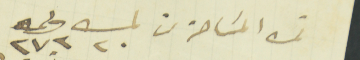
ثمن المسَاحة من 	حـ ٢٠	نمرو٢٧٢